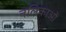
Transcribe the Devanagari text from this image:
नलिकाआें